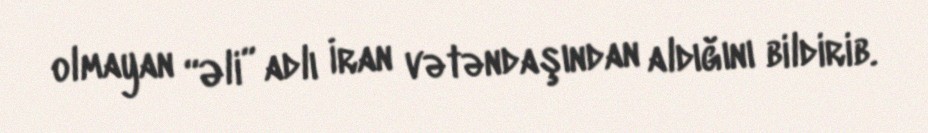
olmayan “Əli” adlı İran vətəndaşından aldığını bildirib.